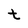
Character: t